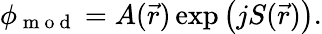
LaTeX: \phi_{\mathrm{~m~o~d~}}=A(\vec{r})\exp{\left(jS(\vec{r})\right)}.